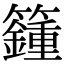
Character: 籦